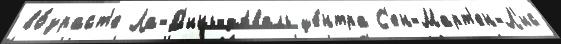
во́зраст'е Ла-Д'инь-дАваль це́нтра С'ен-Март'ен-Л'ис